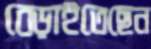
বেড়াইতেছেন